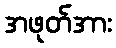
အဖုတ်အား